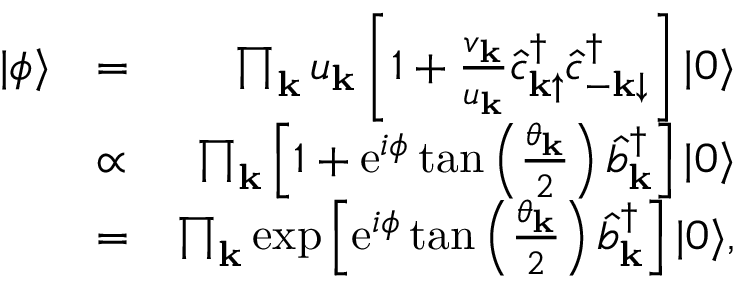
\begin{array} { r l r } { | \phi \rangle } & { = } & { \prod _ { { \bf k } } u _ { { \bf k } } \left[ 1 + \frac { v _ { { \bf k } } } { u _ { { \bf k } } } \hat { c } _ { { \bf k } \mathrm { \uparrow } } ^ { \dagger } \hat { c } _ { { \bf - k } \mathrm { \downarrow } } ^ { \dagger } \right] | 0 \rangle } \\ & { \propto } & { \prod _ { { \bf k } } \left[ 1 + \mathrm { e } ^ { i \phi } \tan \left( \frac { \theta _ { \bf k } } { 2 } \right) \hat { b } _ { { \bf k } } ^ { \dagger } \right] | 0 \rangle } \\ & { = } & { \prod _ { { \bf k } } \exp \left[ \mathrm { e } ^ { i \phi } \tan \left( \frac { \theta _ { \bf k } } { 2 } \right) \hat { b } _ { { \bf k } } ^ { \dagger } \right] | 0 \rangle , } \end{array}